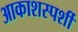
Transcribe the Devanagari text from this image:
आकाशस्पर्शी